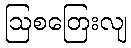
ဩစတြေးလျ